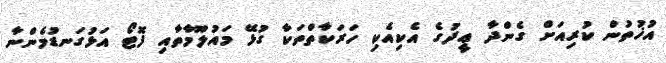
އުޚުތުން ކުރިއަށް ގެންދާ ޢީދުގެ އެކިއެކި ހަރަކާތްތަކާ ގުޅޭ މައުލޫމާތާއި ފޮޓޯ އަޅުގަނޑުމެންނާ